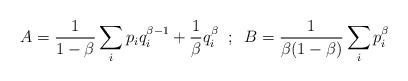
LaTeX: \begin{align*}A=\frac{1}{1-\beta}\sum_{i}p_{i}q^{\beta-1}_{i}+\frac{1}{\beta}q^{\beta}_{i}\;\;;\;\;B=\frac{1}{\beta(1-\beta)}\sum_{i}p_{i}^{\beta}\end{align*}